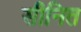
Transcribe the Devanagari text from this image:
सीनित